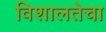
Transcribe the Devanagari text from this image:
विशालतेचा